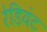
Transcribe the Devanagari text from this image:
रेडियंट